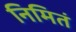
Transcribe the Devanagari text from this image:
निमितं